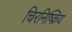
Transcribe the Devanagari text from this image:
चिरनिष्क्रिय